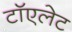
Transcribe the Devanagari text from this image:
टॉएलेट